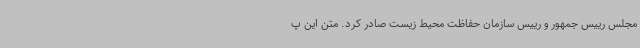
مجلس رییس جمهور و رییس سازمان حفاظت محیط زیست صادر کرد. متن این پ